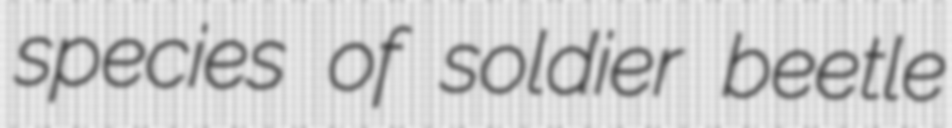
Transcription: species of soldier beetle